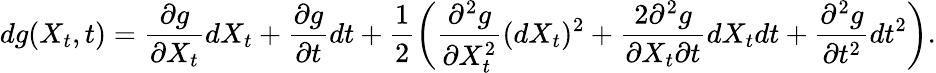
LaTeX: dg(X_{t},t)=\frac{\partial g}{\partial X_{t}}dX_{t}+\frac{\partial g}{\partial t}dt+\frac{1}{2}\biggl({\frac{\partial^{2}g}{\partial X_{t}^{2}}(dX_{t})^{2}+\frac{2\partial^{2}g}{\partial X_{t}\partial t}dX_{t}dt+\frac{\partial^{2}g}{\partial t^{2}}dt^{2}}\biggr).